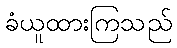
ခံယူထားကြသည်